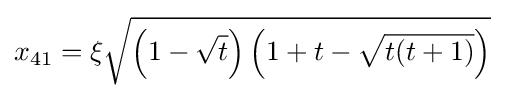
x_{41}=\xi {\sqrt {\left(1-{\sqrt {t}}\right)\left(1+t-{\sqrt {t(t+1)}}\right)}}